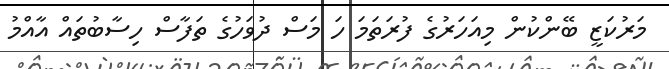
މަރުކަޒީ ބޭންކުން މިއަހަރުގެ ފުރަތަމަ ހަ މަސް ދުވަހުގެ ތަފާސް ހިސާބުތައް އާއްމު